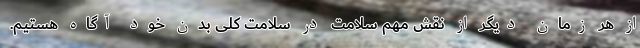
از هر زمان دیگر از نقش مهم سلامت در سلامت کلی بدن خود آگاه هستیم.